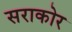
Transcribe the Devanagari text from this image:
सराकोर